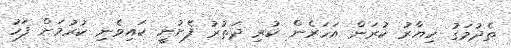
ތެދުމަގު ހިޔާރު ކުރަން އަހަރެން ކުރި ދަތުރު ފެށުނީ ކައިވެނި ކުރުމަށް ފަހު